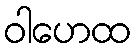
ဝါဟေထ